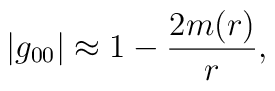
|g_{00}|\approx 1-\frac{2m(r)}{r},